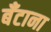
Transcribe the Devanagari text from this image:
बँटाना